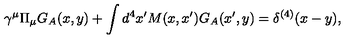
\gamma ^ { \mu } \Pi _ { \mu } G _ { A } ( x , y ) + \int d ^ { 4 } x ^ { \prime } M ( x , x ^ { \prime } ) G _ { A } ( x ^ { \prime } , y ) = \delta ^ { ( 4 ) } ( x - y ) ,